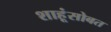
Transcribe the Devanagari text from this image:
शाहूंसोबत